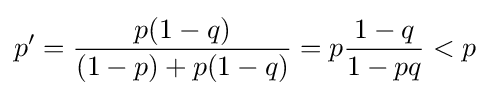
p'={\frac {p(1-q)}{(1-p)+p(1-q)}}=p{\frac {1-q}{1-pq}}<p